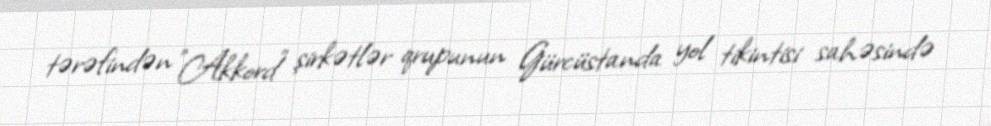
tərəfindən "Akkord" şirkətlər qrupunun Gürcüstanda yol tikintisi sahəsində